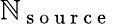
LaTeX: \mathbb{N}_{\mathrm{{~s~o~u~r~c~e~}}}